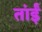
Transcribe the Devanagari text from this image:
तांईं